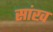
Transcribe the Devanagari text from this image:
सांख